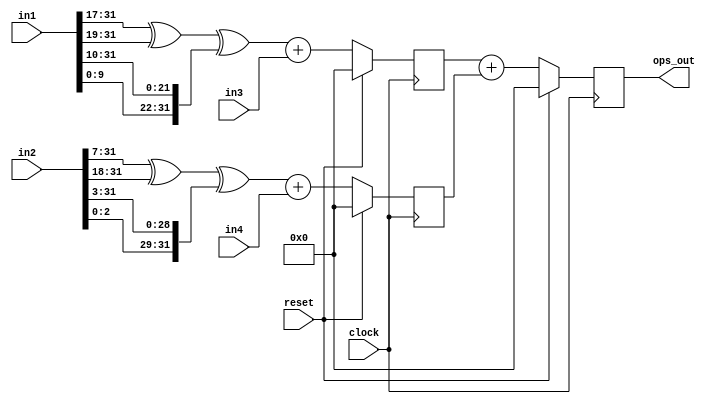
module fp_1 (	input clock,
				input reset,
				input [31:0] in1,
				input [31:0] in2,
				input [31:0] in3,
				input [31:0] in4,
				output reg [31:0] ops_out
			);
			
reg [31:0] shift_1;
reg [31:0] shift_2;
reg [31:0] adr_1_op;
`ifdef ADV_ADD
	wire [31:0] adr_1_op_temp;
`endif
reg [31:0] adr_2_op;
`ifdef ADV_ADD
	wire [31:0] adr_2_op_temp;
	wire [31:0] adr_final_op_temp;
`endif

`ifdef ADV_ADD
	parameter width = 32;
`endif

always@(posedge clock)
begin
	if(reset)
	begin
		ops_out <= 32'b0;
		adr_1_op <= 32'b0;
		adr_2_op <= 32'b0;
	end
	else
	begin
		`ifdef ADV_ADD
			ops_out <= adr_final_op_temp;
			adr_1_op <= adr_1_op_temp;
			adr_2_op <= adr_2_op_temp;
		`else
			ops_out <= adr_1_op + adr_2_op;
			adr_1_op <= shift_1 + in3;
			adr_2_op <= shift_2 + in4;
		`endif
	end
end

always@(*)
begin
	shift_1 = {{17{1'b0}},in1[31:17]}^{{19{1'b0}},in1[31:19]}^{in1[9:0],in1[31:10]};
	shift_2 = {{7{1'b0}},in2[31:7]}^{{18{1'b0}},in2[31:18]}^{in2[2:0],in2[31:3]};
end

`ifdef ADV_ADD
	DW01_add #(width) U4 (.A(shift_1), .B(in3), .CI(1'b0), .SUM(adr_1_op_temp));
	DW01_add #(width) U5 (.A(shift_2), .B(in4), .CI(1'b0), .SUM(adr_2_op_temp));
	DW01_add #(width) U6 (.A(adr_1_op), .B(adr_2_op), .CI(1'b0), .SUM(adr_final_op_temp));
`endif

endmodule